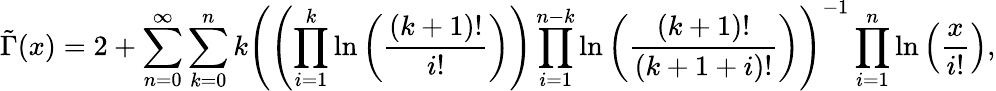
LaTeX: \tilde{\Gamma}(x)=2+\sum_{n=0}^{\infty}\sum_{k=0}^{n}k\left(\left(\prod_{i=1}^{k}\ln\left(\frac{\left(k+1\right)!}{i!}\right)\right)\prod_{i=1}^{n-k}\ln\left(\frac{\left(k+1\right)!}{\left(k+1+i\right)!}\right)\right)^{-1}\prod_{i=1}^{n}\ln\left(\frac{x}{i!}\right),